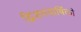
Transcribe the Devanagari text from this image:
द्विशतवार्षिकी